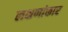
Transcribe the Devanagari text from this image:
लक्षणांकार